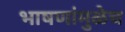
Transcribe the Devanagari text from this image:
भाषणांमुळेच